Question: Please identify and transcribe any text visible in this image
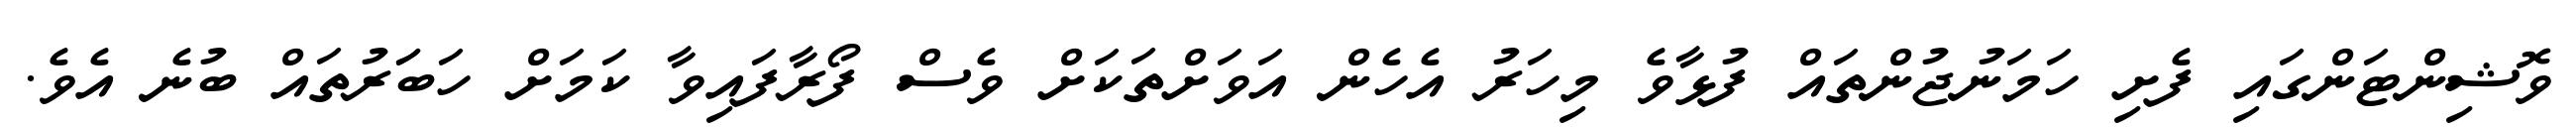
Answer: ވޮޝިންޓަންގައި ފެށި ހަމަނުޖުންތައް ފުޅާވެ މިހަރު އެހެން އަވަށްތަކަށް ވެސް ފޯރާފައިވާ ކަމަށް ހަބަަރުތައް ބުނެ އެވެ.